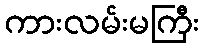
ကားလမ်းမကြီး